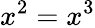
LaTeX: x^{2}=x^{3}